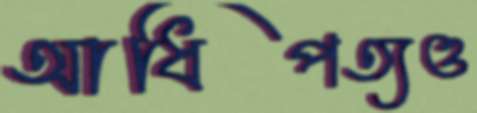
আধিপত্যও